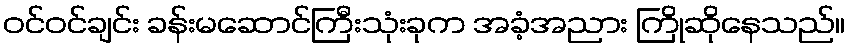
ဝင်ဝင်ချင်း ခန်းမဆောင်ကြီးသုံးခုက အခံ့အညား ကြိုဆိုနေသည်။